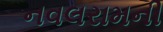
નવલરામની